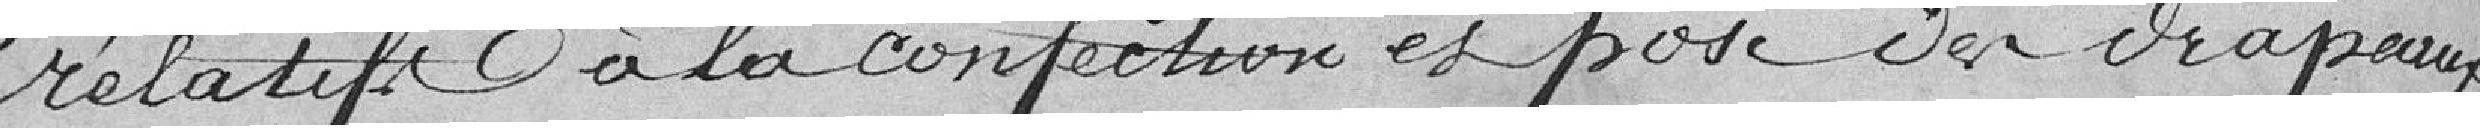
relatifs à la confection et pose des drapeaux